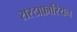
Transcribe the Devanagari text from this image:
रास्टाफ़ारियन